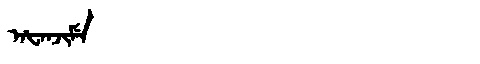
Manchu: ᠠᡶᠠᠨᠵᡳᠮᡝ
Romanization: AFANJIME